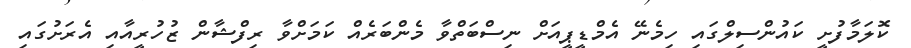
ކޮލަމާފުށީ ކައުންސިލްގައި ހިމެނޭ އެމްޑީޕީއަށް ނިސްބަތްވާ މެންބަރެއް ކަމަށްވާ ރިފްޝާން ޒުހުރީއާއި އެރަށުގައި